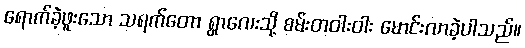
ရောက်ခဲ့ဖူးသော သရက်တော ရွာလေးသို့ စမ်းတဝါးဝါး မောင်းလာခဲ့ပါသည်။